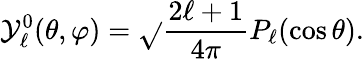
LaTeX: \mathcal{Y}_{\ell}^{0}(\theta,\varphi)={\sqrt{}{{\frac{{2\ell+1}}{{4\pi}}}}}P_{\ell}(\cos\theta).